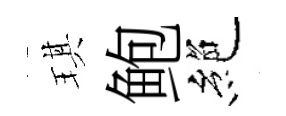
琪鲍絶